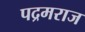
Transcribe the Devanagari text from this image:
पद्रमराज